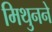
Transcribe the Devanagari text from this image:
मिथुनने